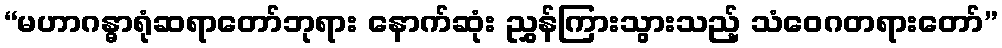
“မဟာဂန္ဓာရုံဆရာတော်ဘုရား နောက်ဆုံး ညွှန်ကြားသွားသည့် သံဝေဂတရားတော်”